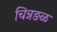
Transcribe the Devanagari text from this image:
चिन्नङळ